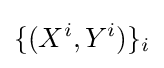
\{(X^{i},Y^{i})\}_{i}